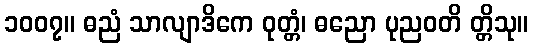
၁၀၀၇။ ဓညံ သာလျာဒိကေ ဝုတ္တံ၊ ဓညော ပုညဝတိ တ္တိသု။